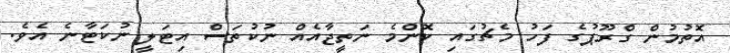
އޮތުމުން ގްރޫޕުގެ ފަހު މެޗުގައި ކޮންމެ ނަތީޖާއެއް ނުކުތަސް އިޓަލީ ނުކަޓާނެ އެވެ.